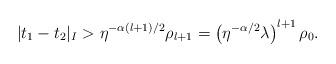
LaTeX: \begin{align*}|t_1 - t_2|_{I} > \eta^{-\alpha(l+1)/2} \rho_{l+1} =\left(\eta^{-\alpha/2}\lambda\right)^{l+1}\rho_0.\end{align*}